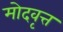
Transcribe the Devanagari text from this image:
मोदवृत्त